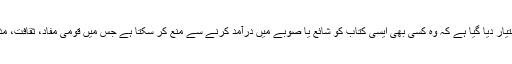
وہ یہ کہ پنجاب کے ڈائریکٹر جنرل پبلک ریلیشنز کو اختیار دیا گیا ہے کہ وہ کسی بھی ایسی کتاب کو شائع یا صوبے میں درآمد کرنے سے منع کر سکتا ہے جس میں قومی مفاد، ثقافت، مذہبی اقدار و فرقہ وارانہ ہم آہنگی کے لیے مضر مواد ہو۔